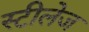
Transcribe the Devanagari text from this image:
स्टीलेज